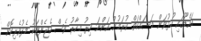
އައްޑޫގައި ހުޅުވަން މަސައްކަތް ކުރަމުން އަންނަ އިރު މިހާރު ވެސް އެޖެންޓަކު މެދުވެރިކޮށް